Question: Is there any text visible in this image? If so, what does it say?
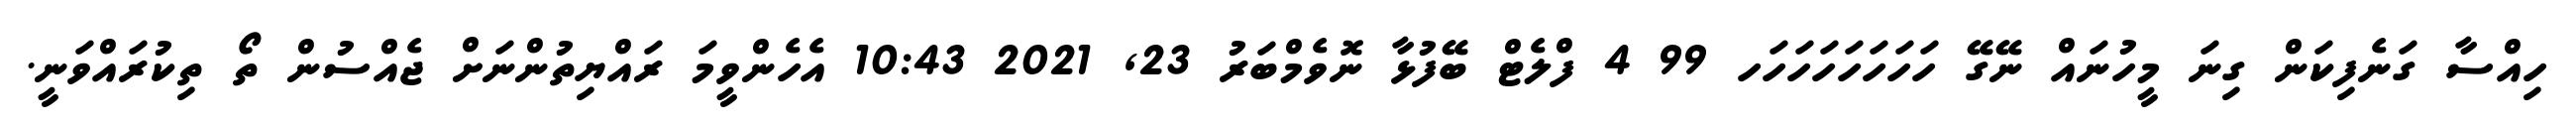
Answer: ހިއްސާ ގަނެފިކަން ގިނަ މީހުނައް ނޭގޭ ހަހަހަހަހަހަހަހ 99 4 ފްލެޓް ބޭފުޅާ ނޮވެމްބަރު 23, 2021 10:43 އެހެންވީމަ ރައްޔިތުންނަށް ޖެއްސުން ތޯ ތިކުރައްވަނީ.